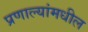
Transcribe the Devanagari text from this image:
प्रणाल्यांमधील